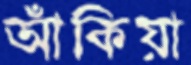
আঁকিয়া